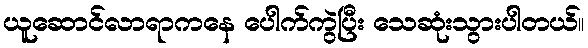
ယူဆောင်လာရာကနေ ပေါက်ကွဲပြီး သေဆုံးသွားပါတယ်။